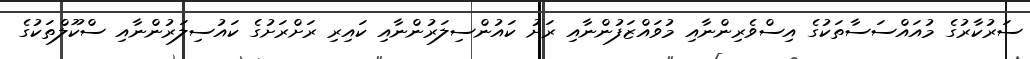
ސަރުކާރުގެ މުއައްސަސާތަކުގެ އިސްވެރިންނާއި މުވައްޒަފުންނާއި ރަށު ކައުންސިލަރުންނާއި ކައިރި ރަށްރަށުގެ ކައުސިލަރުންނާއި ސްކޫލްތަކުގެ